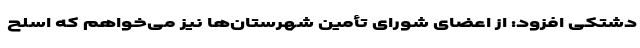
دشتکی افزود: از اعضای شورای تأمین شهرستان‌ها نیز می‌خواهم که اسلح